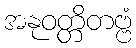
အနုဝတ္တိတဗ္ဗံ